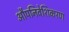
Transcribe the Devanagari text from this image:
औपनिवेशिकरण